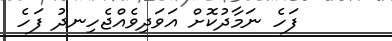
ފަހެ ނަމާދުކޮށް އަވަދިވެއްޖެހިނދު ފަހެ